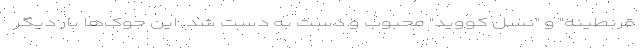
قرنطینه" و "نسل کووید" محبوب و دست به دست شد. این جوک‌ها بار دیگر